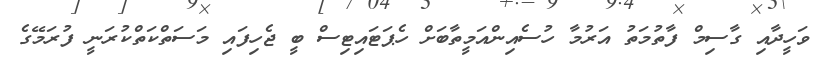
ވަހީދާއި ގާސިމް ފާތުމަތު އަރުމާ ހުސެއިންއަމީތާބަށް ހެޕަޓައިޓިސް ބީ ޖެހިފައި މަސަތްކަތްކުރަނީ ފުރަމޭގެ